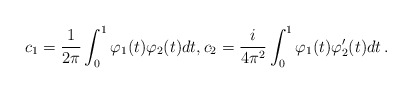
\begin{align*}c_1 = \frac{1}{2\pi}\int_0^1 \varphi_1(t)\varphi_2(t) dt,c_2 = \frac{i}{4\pi^2}\int_0^1 \varphi_1(t)\varphi_2'(t) dt \, .\end{align*}